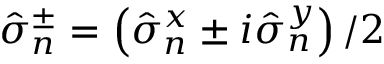
\hat { \sigma } _ { n } ^ { \pm } = \left( \hat { \sigma } _ { n } ^ { x } \pm i \hat { \sigma } _ { n } ^ { y } \right) / 2